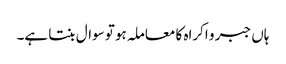
ہاں جبر و اکراہ کا معاملہ ہو تو سوال بنتا ہے۔